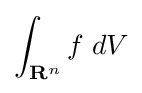
\int _{\mathbf {R} ^{n}}f\;dV